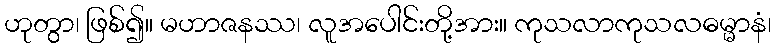
ဟုတွာ၊ ဖြစ်၍။ မဟာဇနဿ၊ လူအပေါင်းတို့အား။ ကုသလာကုသလဓမ္မာနံ၊